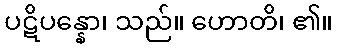
ပဋိပန္နော၊ သည်။ ဟောတိ၊ ၏။